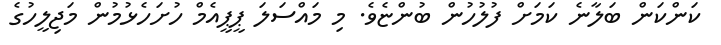
ކަންކަން ބަލާނެ ކަމަށް ފުލުހުން ބުންޏެވެ. މި މައްސަލަ ޕީޕީއެމް ހުށަހެޅުމުން މަޖިލީހުގެ